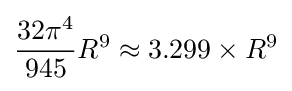
{\frac {32\pi ^{4}}{945}}R^{9}\approx 3.299\times R^{9}